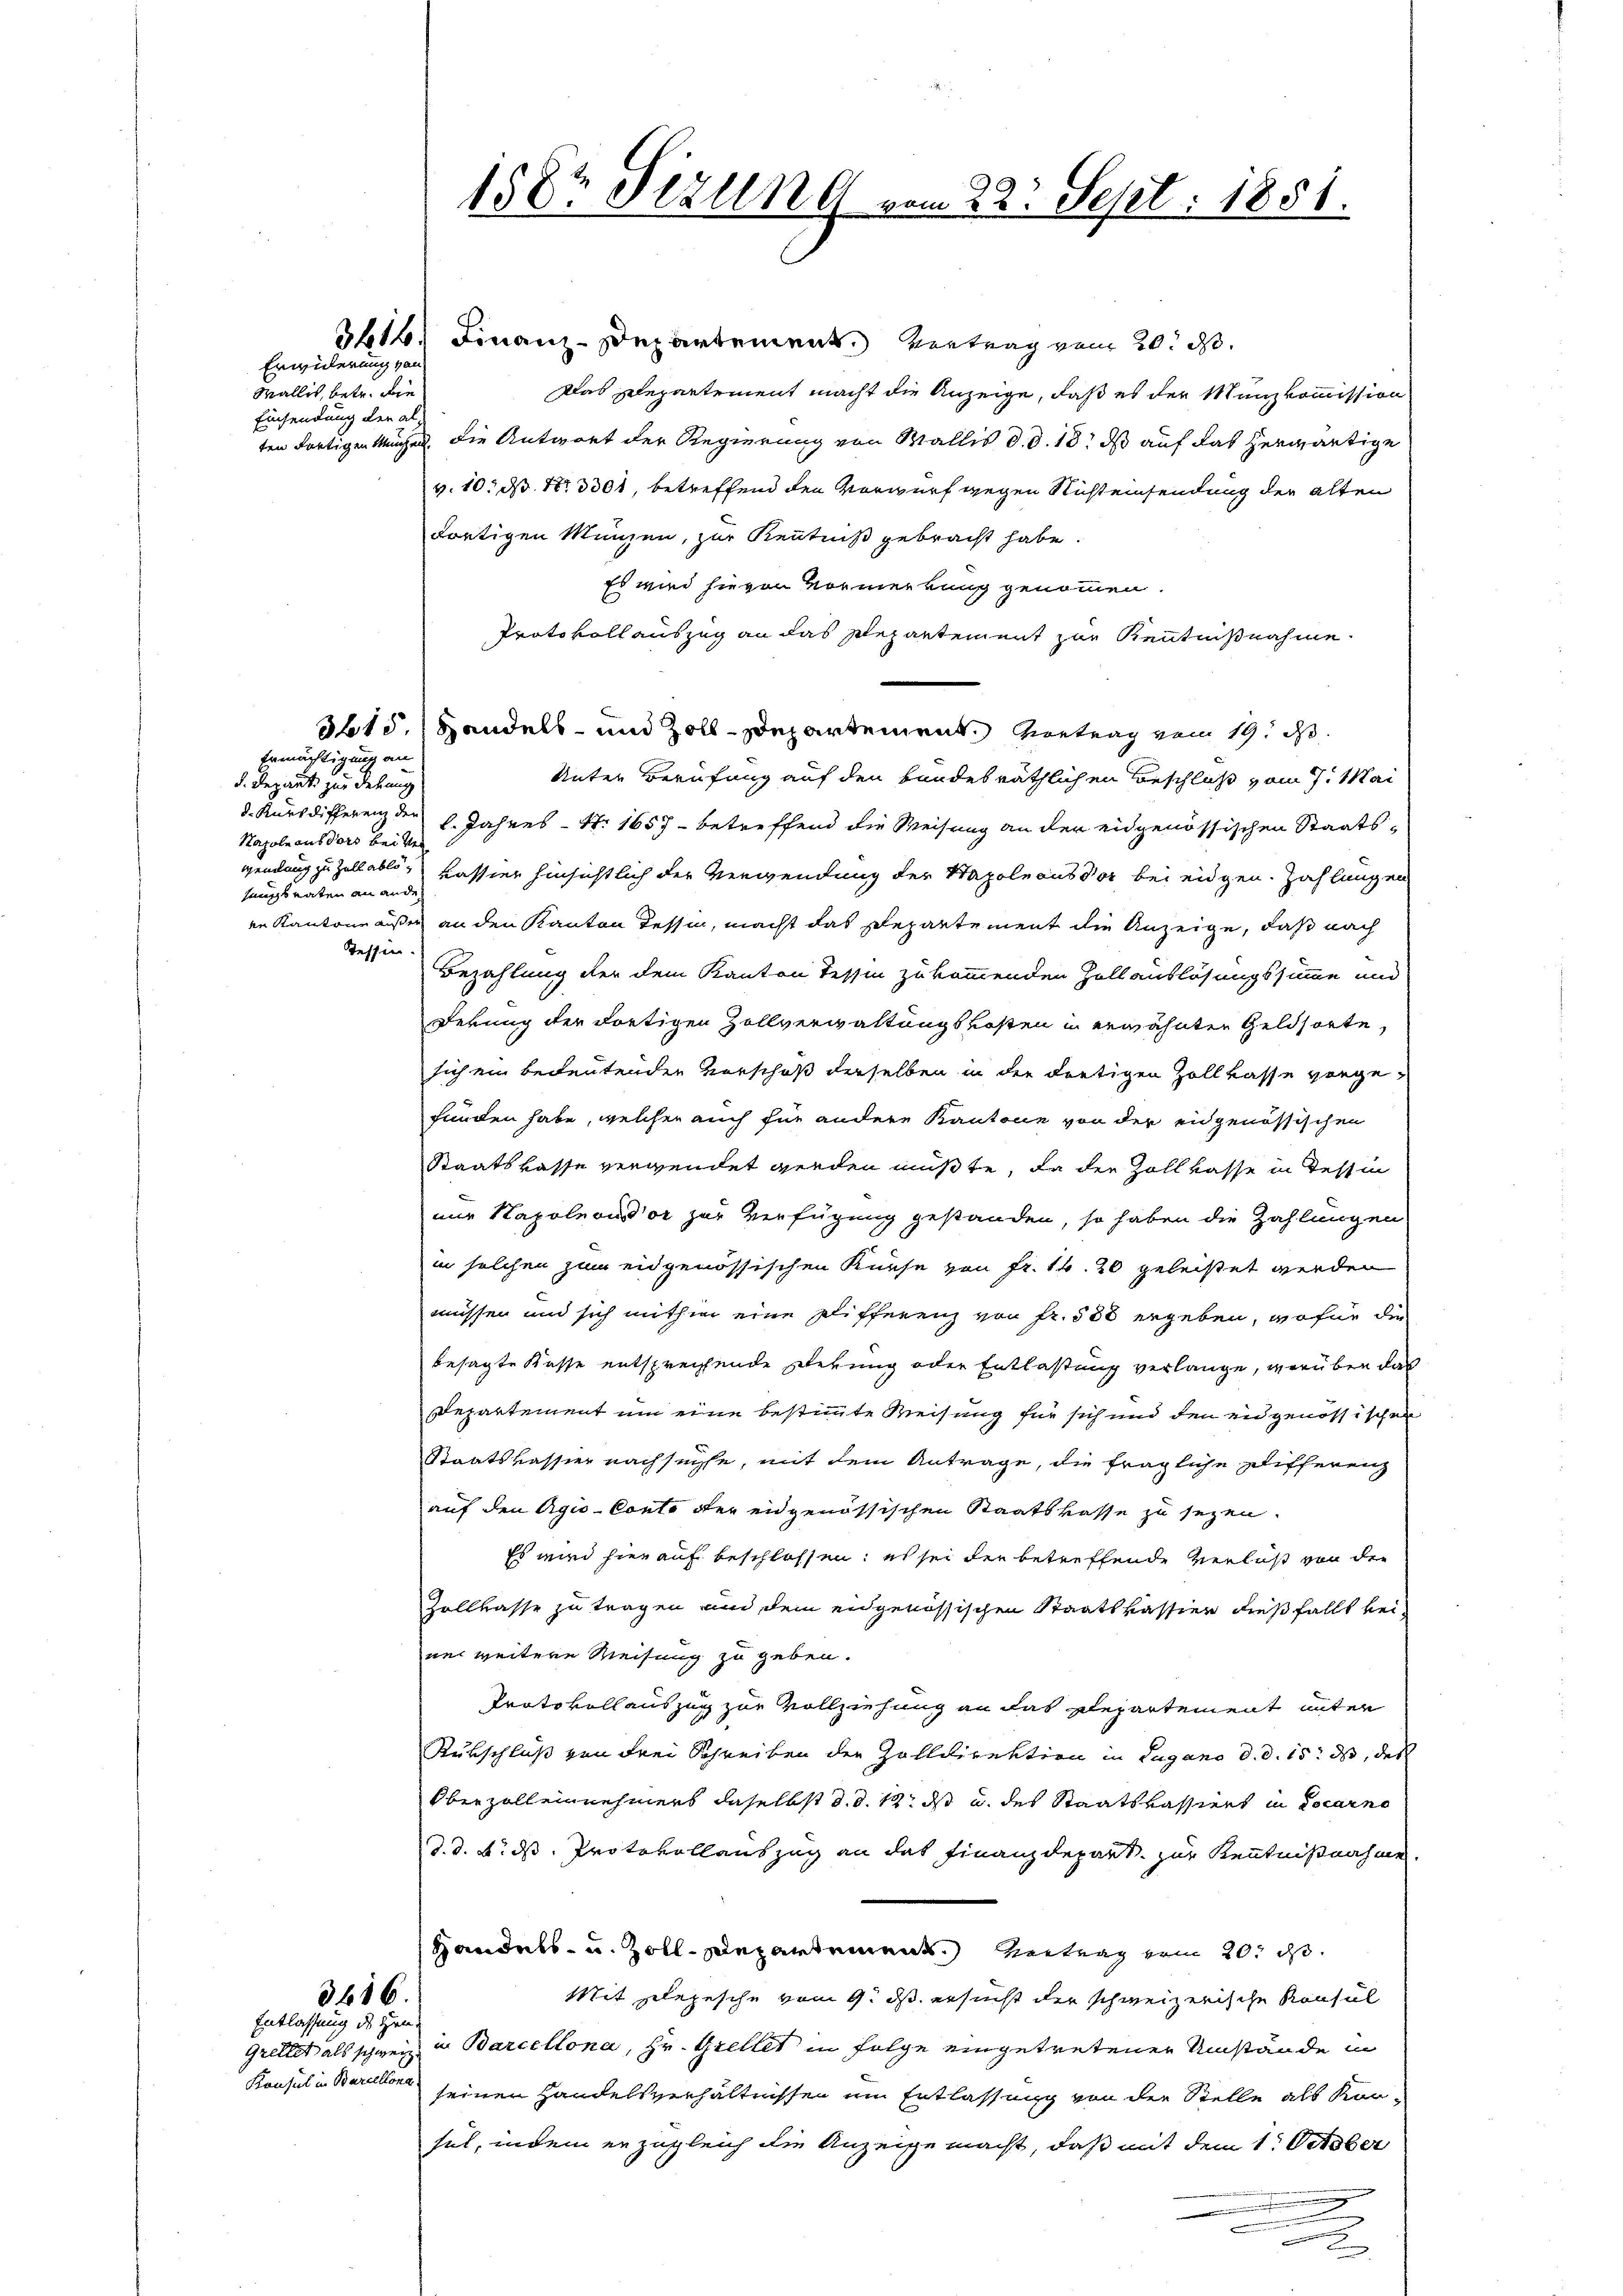
Erwiderung von
Wallis, betr. die
Einsendung der al

d. Depart zur Debung
Napole aus dort bei de
sungsraten an ande
Tessin.

Ermächtigung an

3616. Finanz-Departement. Vertrag vom 20. ds.
Das Departement macht die Anzeige, daß es der Manzkommission
ten fortigen Mangen, die Antwort der Regierung von Wallis d. d. 18. ds auf das herwärtige
v. 10. ds No 3301, betreffend den Vorwurf gegen Richteinsendung der alten
dortigen Münzen, zur Kenntniß gebracht habe.
Es wird hievon Vormerkung genommen.
Protokollauszug an das Plepartement zur Kenntnißnahme.
3615. Handels- und Zoll-Departement. Vortrag vom 19. d.
Unter Berufung auf den bandesräthlichen Beschluß vom 7. Mai
d. Kursdifferenz der l. Jahres - N. 1657 - betreffend die Weisung an den eidgenössischen Staatswendung zu Zell able, Kassier hinsichtlich der Verwendung der Stapole aus vor bei eidgen. Zahlungen
en Kantone außer an den Kanton Tessin, macht das Repartement die Anzeige, daß nach
Bezahlung der dem Kanton Tessin zukommenden Zollauslösungssumme und
Derung der dortigen Zollverwaltungskosten in erwähnten Geldsorte,
sich ein bedeutenden Vorschuß derselben in der dortigen Zollkasse vorgefunden habe, welcher auch für andere Kantone von der eidgenössischen
Staatskasse verwendet werden müßte, da der Zollkasse in Tessin
nur Napoleonsor zur Verfügung gestanden, so haben die Zahlungen
in solchen zum eidgenössischen Kurse von Fr. 14. 20 geleistet werden
müssen und sich mithin eine Plifferenz von Fr. 500 ergeben, wofür die
besagte Kasse entsprechende Ehegung oder Entlastung verlange, worüber das
Departement um eine bestimmte Weisung für sich und den eidgenössischen
Staatskassier nachsuchte, mit dem Antrage, die fragliche Differenz
auf den Agio-Conto der eidgenössischen Staatskasse zu sezen.
Es wird hier auf beschlossen: ich sei der betreffende Verlust von den
Zollkasse zu tragen und dem eidgenössischen Staatskassier dießfällt beine weitere Weisung zu geben.
Protokoll auszug zur Vollziehung an das Departement unter
Rukschluß von Frei Schreiben der Zolldirektion in Lugano d. d. 15. ds, des
Oberzalleinnehmers daselbst d. d. 12. ds u. des Staatskassiert in Locarno
d. d. d. d. Protokollauszug an das Finanzdepart. zur Kenntnißnahme
Handels- u. Zoll-Departement. Vertrag vom 20. d.
Mit Depesche vom 9. ds. ersucht der schweizerische Konsul
3686.
Grellet als schweiz in Barcellona, Hr. Grellet in Folge eingetretener Umstände in
seiner Handelsverhältnissen um Entlassung von der Stelle als Kon-
sel, indem er zugleich die Anzeige macht, daß mit dem 1. October
.

Konsul in Barcellona

Entlassung des Hrn.

158r Sizung vom 22. Sept. 1851.